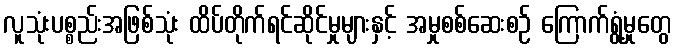
လူသုံးပစ္စည်းအဖြစ်သုံး ထိပ်တိုက်ရင်ဆိုင်မှုများနှင့် အမှုစစ်ဆေးစဉ် ကြောက်ရွံ့မှုတွေ